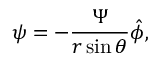
{ \boldsymbol { \psi } } = - { \frac { \Psi } { r \sin \theta } } { \boldsymbol { \hat { \phi } } } ,